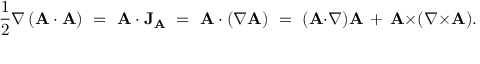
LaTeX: { \frac { 1 } { 2 } } \nabla \left( \mathbf { A } \cdot \mathbf { A } \right) \ = \ \mathbf { A } \cdot \mathbf { J } _ { \mathbf { A } } \ = \ \mathbf { A } \cdot ( \nabla \mathbf { A } ) \ = \ ( \mathbf { A } { \cdot } \nabla ) \mathbf { A } \, + \, \mathbf { A } { \times } ( \nabla { \times } \mathbf { A } ) .